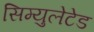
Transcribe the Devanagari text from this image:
सिम्युलेटेड